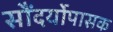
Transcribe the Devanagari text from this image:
सौंदर्योपासक